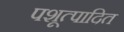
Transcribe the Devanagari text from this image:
पशूत्पादित